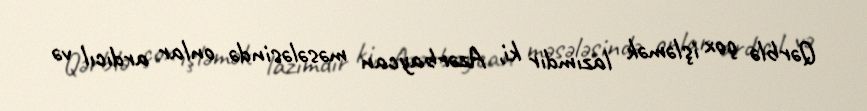
Qərblə çox işləmək lazımdır ki, Azərbaycan məsələsində onlar ardıcıl və